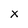
Character: X